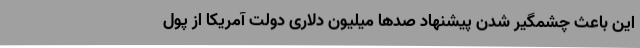
این باعث چشمگیر شدن پیشنهاد صدها میلیون دلاری دولت آمریکا از پول